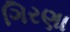
ગિરણા